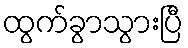
ထွက်ခွာသွားပြီ